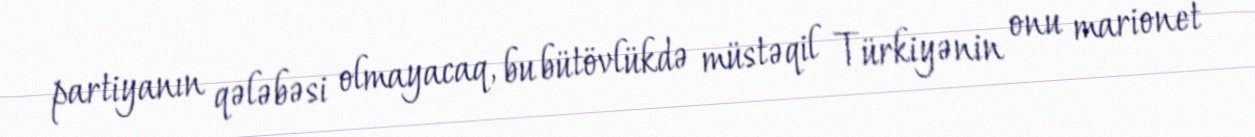
partiyanın qələbəsi olmayacaq, bu bütövlükdə müstəqil Türkiyənin onu marionet